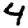
Digit: 4